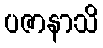
ပဇာနာသိ